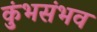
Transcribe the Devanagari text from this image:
कुंभसंभव